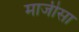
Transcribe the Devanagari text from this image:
माजीसा